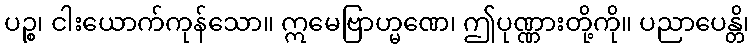
ပဉ္စ၊ ငါးယောက်ကုန်သော။ ဣမေဗြာဟ္မဏေ၊ ဤပုဏ္ဏားတို့ကို။ ပညာပေန္တိ၊